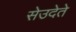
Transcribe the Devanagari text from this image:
सेउदेते